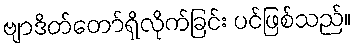
ဗျာဒိတ်တော်ရှိလိုက်ခြင်း ပင်ဖြစ်သည်။